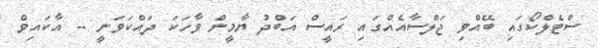
ސްޓެލްކޯގައި ބޭއްވި ޖަލްސާއެއްގައި ރައީސް އަބްދު ޔާމީން ވާހަކަ ދައްކަވަނީ -- އާކައިވް